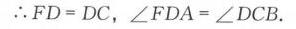
\(\therefore FD = DC,\angle FDA=\angle DCB\).